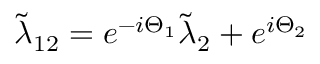
\tilde { \lambda } _ { 1 2 } = e ^ { - i \Theta _ { 1 } } \tilde { \lambda } _ { 2 } + e ^ { i \Theta _ { 2 } }